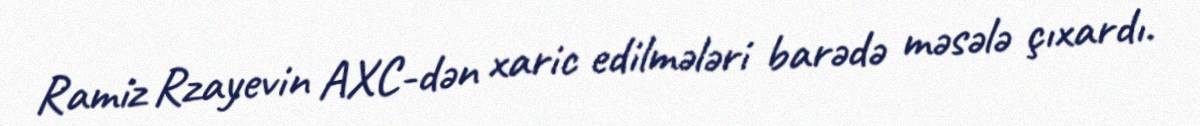
Ramiz Rzayevin AXC-dən xaric edilmələri barədə məsələ çıxardı.